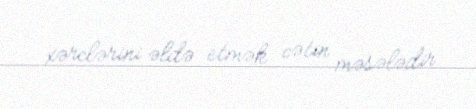
xərclərini əldə etmək cətin məsələdir.